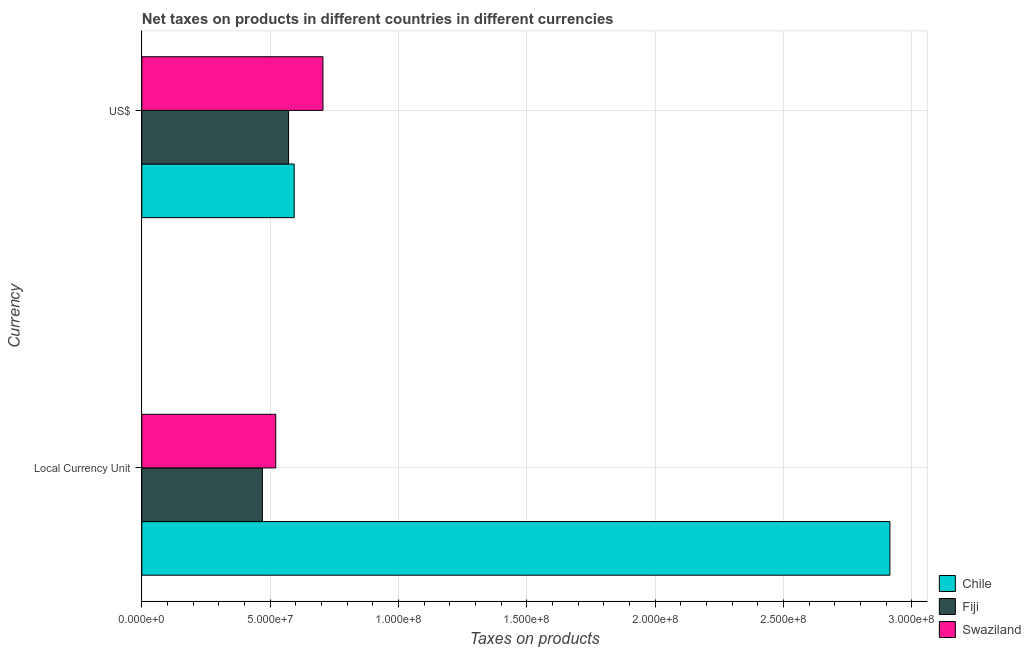
| Currency | Chile | Fiji | Swaziland |
 | --- | --- | --- | --- |
 | Local Currency Unit | 2.92e+08 | 4.7e+07 | 5.22e+07 |
 | US$ | 5.94e+07 | 5.72e+07 | 7.06e+07 |